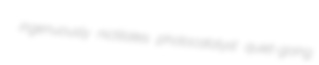
ingenuously nictitates photocatalyst quiet-going